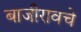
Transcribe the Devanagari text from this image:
बाजीरावचे